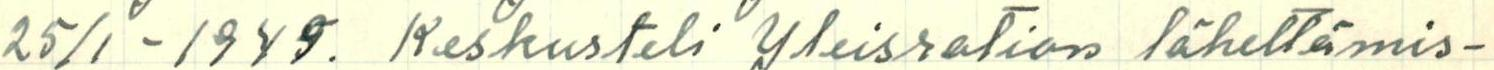
25/1 -1945. Keskusteli Yleisration lähettämis-